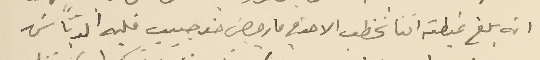
انه بلغ غبطته اننا نخطب الاحد في مار جرجسَ ضد حبيب قلبه الدبّاسَ